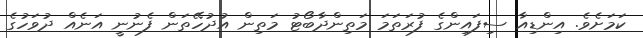
ކަމަށެވެ. އިންޑިއާ ސިފައިންގެ ފުރަތަމަ މަތިންދާބޯޓު މަތިން އުދުހޭތަން ފެނުނީ އަނެއް ދުވަހުގެ